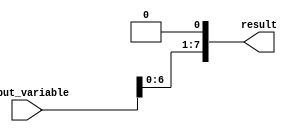
module Generate_Function #(parameter input_width = 8) (
    input [input_width-1:0] input_variable,
    output reg [input_width-1:0] result
);

always @* begin
    // Specify the algorithm to process the input variable
    result = input_variable << 1; // Example: shifting the input variable by 1
end

endmodule